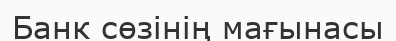
Банк сөзінің мағынасы